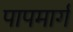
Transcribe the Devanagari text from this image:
पापमार्ग